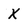
Character: X